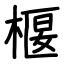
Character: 椻